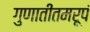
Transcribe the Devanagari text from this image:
गुणातीतमरूपं